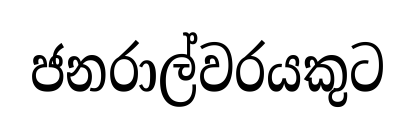
ජනරාල්වරයකුට